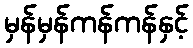
မှန်မှန်ကန်ကန်နှင့်